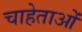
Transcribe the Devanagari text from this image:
चाहेताओं